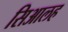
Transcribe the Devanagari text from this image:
सिआलह